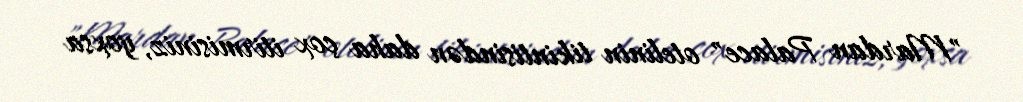
"Mardan Palace" otelinin tikintisindən daha çox itirmisiniz, yoxsa